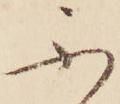
不